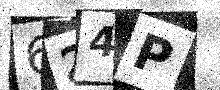
Text: 624P